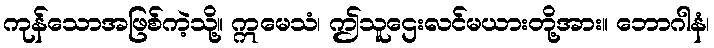
ကုန်သောအဖြစ်ကဲ့သို့။ ဣမေသံ၊ ဤသူဌေးလင်မယားတို့အား။ ဘောဂါနံ၊